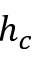
h _ { c }